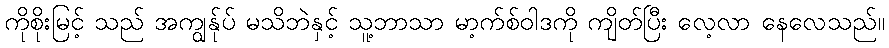
ကိုစိုးမြင့် သည် အကျွန်ုပ် မသိဘဲနှင့် သူ့ဘာသာ မာ့က်စ်ဝါဒကို ကျိတ်ပြီး လေ့လာ နေလေသည်။